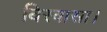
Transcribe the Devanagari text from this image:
बिस्वासा।